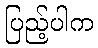
ပြည့်ပါက